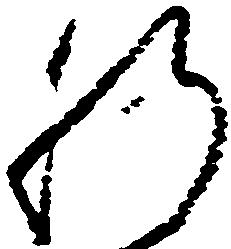
肝